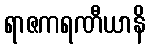
ရာဇကရဏီယာနိ